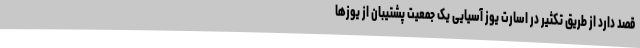
قصد دارد از طریق تکثیر در اسارت یوز آسیایی یک جمعیت پشتیبان از یوزها